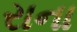
રાના